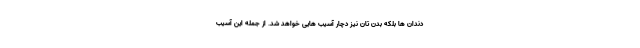
دندان ها بلکه بدن تان نیز دچار آسیب هایی خواهد شد. از جمله این آسیب